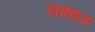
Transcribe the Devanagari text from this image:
हाइडल